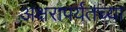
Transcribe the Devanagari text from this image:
अक्षरापर्यंतच्या